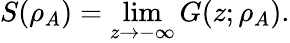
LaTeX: S(\rho_{A})=\operatorname*{lim}_{z\to-\infty}G(z;\rho_{A}).